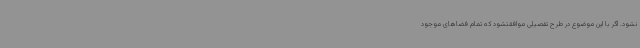
نشود. اگر با این موضوع در طرح تفصیلی موافقتشود که تمام فضاهای موجود